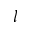
l